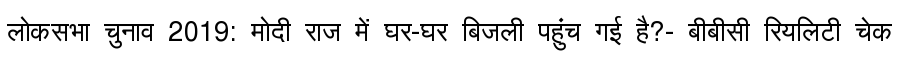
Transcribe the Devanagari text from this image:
लोकसभा चुनाव 2019: मोदी राज में घर-घर बिजली पहुंच गई है?- बीबीसी रियलिटी चेक